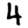
Digit: 4